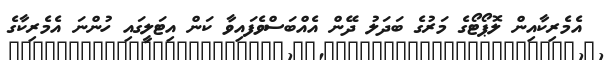
އެމެރިިކާއިން ލޮޕޯޓޯގެ މަރުގެ ބަދަލު ދޭން އެއްބަސްވެފައިވާ ކަން އިޓަލީގައި ހުންނަ އެމެރިކާގެ